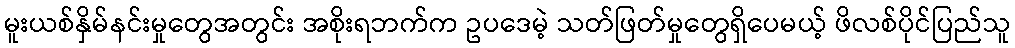
မူးယစ်နှိမ်နင်းမှုတွေအတွင်း အစိုးရဘက်က ဥပဒေမဲ့ သတ်ဖြတ်မှုတွေရှိပေမယ့် ဖိလစ်ပိုင်ပြည်သူ